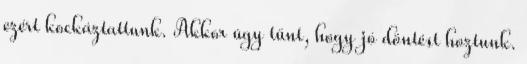
ezért kockáztattunk. Akkor úgy tűnt, hogy jó döntést hoztunk.